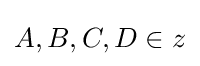
A,B,C,D\in z